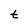
Character: t